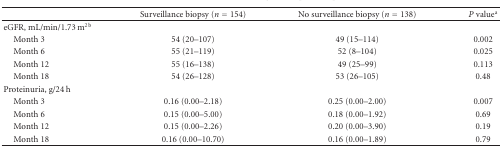
<table><thead><tr><td></td><td><b>Surveillance biopsy (<i>n</i> = 154)</b></td><td><b>No surveillance biopsy (<i>n</i> = 138)</b></td><td><b><i>P</i> value<sup>a</sup></b></td></tr></thead><tbody><tr><td>eGFR, mL/min/1.73 m<sup>2 b</sup></td><td></td><td></td><td></td></tr><tr><td> Month 3</td><td>54 (20–107)</td><td>49 (15–114)</td><td>0.002</td></tr><tr><td> Month 6</td><td>55 (21–119)</td><td>52 (8–104)</td><td>0.025</td></tr><tr><td> Month 12</td><td>55 (16–138)</td><td>49 (25–99)</td><td>0.113</td></tr><tr><td> Month 18</td><td>54 (26–128)</td><td>53 (26–105)</td><td>0.48</td></tr><tr><td>Proteinuria, g/24 h</td><td></td><td></td><td></td></tr><tr><td> Month 3</td><td>0.16 (0.00–2.18)</td><td>0.25 (0.00–2.00)</td><td>0.007</td></tr><tr><td> Month 6</td><td>0.15 (0.00–5.00)</td><td>0.18 (0.00–1.92)</td><td>0.69</td></tr><tr><td> Month 12</td><td>0.15 (0.00–2.26)</td><td>0.20 (0.00–3.90)</td><td>0.19</td></tr><tr><td> Month 18</td><td>0.16 (0.00–10.70)</td><td>0.16 (0.00–1.89)</td><td>0.79</td></tr></tbody></table>